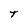
Character: t